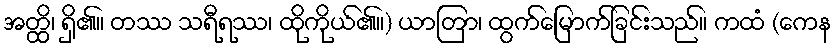
အတ္ထိ၊ ရှိ၏။ တဿ သရီရဿ၊ ထိုကိုယ်၏။) ယာတြာ၊ ထွက်မြောက်ခြင်းသည်။ ကထံ (ကေန